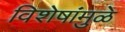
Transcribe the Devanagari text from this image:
विशेषांमुळे